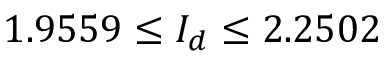
1 . 9 5 5 9 \leq { \cal I } _ { d } \leq 2 . 2 5 0 2